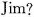
Jim?